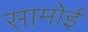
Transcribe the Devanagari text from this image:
सामोई